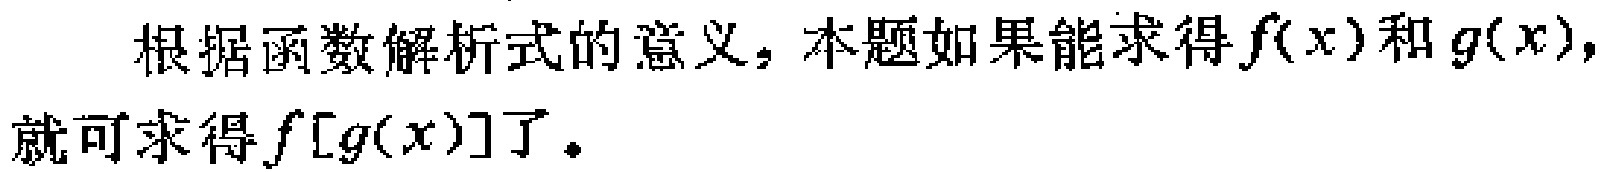
根据函数解析式的意义，本题如果能求得\(f(x)\)和\(g(x)\)，就可求得\(f[g(x)]\)了。